Vaccination in the Punjab 1905-1918 - 1905-1918
Year: 1905
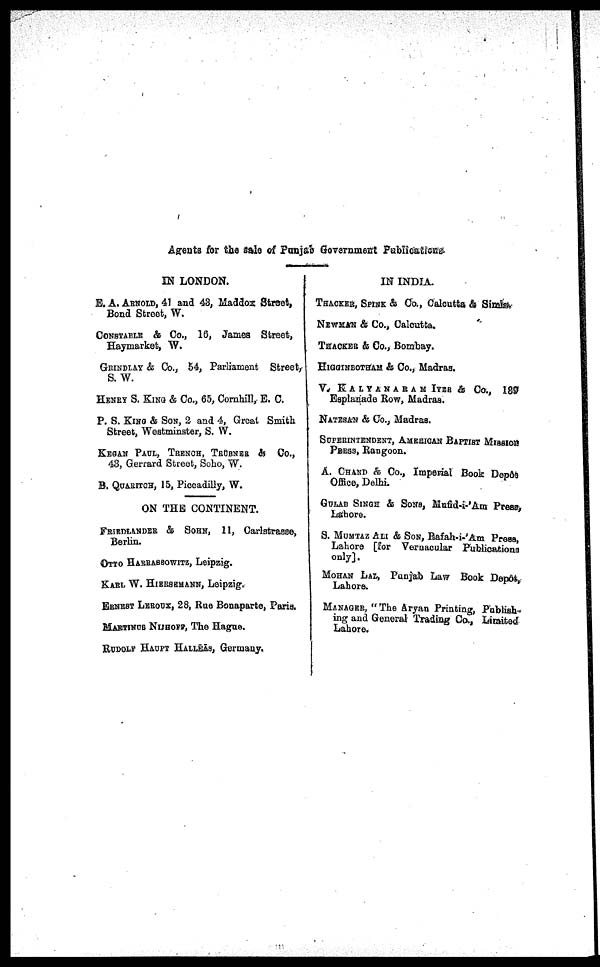
Agents for the sale of Punjab Government Publications.
IN LONDON.
E. A. ARNOLD, 41 and 43, Maddox Street,
Bond Street, W.
CONSTABLE & Co., 16, James Street,
Haymarket, W.
GRINDLAY & Co., 54, Parliament Street,
S. W.
HENRY S. KING & Co., 65, Cornhill, E. C.
P. S. KING & SON, 2 and 4, Great Smith
Street, Westminster, S. W.
KEGAN PAUL, TRENCH, TRÜRNER & Co.,
43, Gerrard Street, Soho, W.
B. QUARITCH, 15, Piccadilly, W.
ON THE CONTINENT.
FRIEDLANDER & SOHN, 11, Carletrasse,
Berlin.
OTTO HARRASSOWITZ, Leipzig.
KARL W. HIERSEMANN, Leipzig.
ERNEST LEROUX, 28, Rue Bonaparte, Paris.
MARTINUS NIJHOFF, The Hague.
RUDOLF HAUPT HALLEAS, Germany.
IN INDIA.
THACKER, SPINK & Co., Calcutta & Simla.
NEWMAN & Co., Calcutta.
THACKER & Co., Bombay.
HIGGINBOTHAM & Co., Madras.
V. KALYANARAM IYER & Co., 189
Esplanade Row, Madras.
NATESAN & Co., Madras.
SUPERINTENDENT, AMERICAN BAPTIST MISSION
PRESS, Rangoon.
A. CHAND & Co., Imperial Book Depôe
Office, Delhi.
GULAB SINGH & SONS, Mufid-i-'Am Press,
Lahore.
S. MUMTAZ ALI & SON, Rafah-i-'Am Press,
Lahore [for Vernacular Publications
only].
MOHAN LAL, Punjab Law Book Depôt,
Lahore.
MANAGER, "The Aryan Printing, Publish-
ing and General Trading Co., Limited
Lahore.